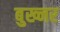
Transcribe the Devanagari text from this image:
बुख्नर